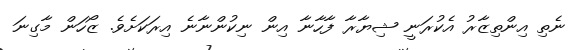
ނެތި އިންތިޒާރު އެކުރަނީ ޝިޔާރާ ފާހާނާ އިން ނިކުންނާނެ އިރަކަށެވެ. ޒޯހަން މާގިނަ